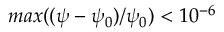
m a x ( ( \psi - \psi _ { 0 } ) / \psi _ { 0 } ) < 1 0 ^ { - 6 }